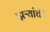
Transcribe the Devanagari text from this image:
झऱ्यांची